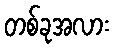
တစ်ခုအလား